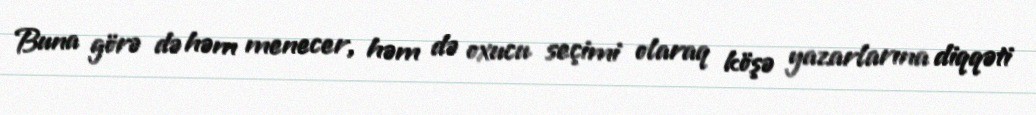
Buna görə də həm menecer, həm də oxucu seçimi olaraq köşə yazarlarına diqqəti